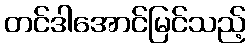
တင်ဒါအောင်မြင်သည့်